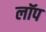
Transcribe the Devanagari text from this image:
लॉप